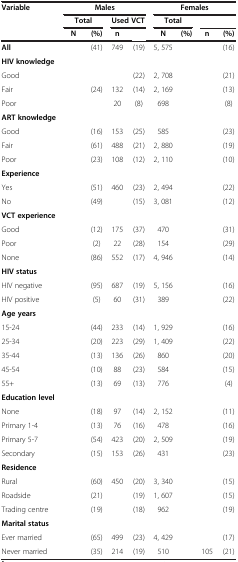
<table><thead><tr><td><b>Variable</b></td><td colspan="4"><b>Males</b></td><td colspan="4"><b>Females</b></td></tr><tr><td>[EMPTY_CELL]</td><td colspan="2"><b>Total</b></td><td colspan="2"><b>Used VCT</b></td><td colspan="2"><b>Total</b></td><td colspan="2">[EMPTY_CELL]</td></tr><tr><td>[EMPTY_CELL]</td><td><b>N</b></td><td><b>(%)</b></td><td><b>n</b></td><td>[EMPTY_CELL]</td><td><b>N</b></td><td><b>(%)</b></td><td><b>n</b></td><td><b>(%)</b></td></tr></thead><tbody><tr><td><b>All</b></td><td>[EMPTY_CELL]</td><td>(41)</td><td>749</td><td>(19)</td><td>5, 575</td><td>[EMPTY_CELL]</td><td>[EMPTY_CELL]</td><td>(16)</td></tr><tr><td><b>HIV knowledge</b></td><td>[EMPTY_CELL]</td><td>[EMPTY_CELL]</td><td>[EMPTY_CELL]</td><td>[EMPTY_CELL]</td><td>[EMPTY_CELL]</td><td>[EMPTY_CELL]</td><td>[EMPTY_CELL]</td><td>[EMPTY_CELL]</td></tr><tr><td>Good</td><td>[EMPTY_CELL]</td><td>[EMPTY_CELL]</td><td>[EMPTY_CELL]</td><td>(22)</td><td>2, 708</td><td>[EMPTY_CELL]</td><td>[EMPTY_CELL]</td><td>(21)</td></tr><tr><td>Fair</td><td>[EMPTY_CELL]</td><td>(24)</td><td>132</td><td>(14)</td><td>2, 169</td><td>[EMPTY_CELL]</td><td>[EMPTY_CELL]</td><td>(13)</td></tr><tr><td>Poor</td><td>[EMPTY_CELL]</td><td>[EMPTY_CELL]</td><td>20</td><td>(8)</td><td>698</td><td>[EMPTY_CELL]</td><td>[EMPTY_CELL]</td><td>(8)</td></tr><tr><td><b>ART knowledge</b></td><td>[EMPTY_CELL]</td><td>[EMPTY_CELL]</td><td>[EMPTY_CELL]</td><td>[EMPTY_CELL]</td><td>[EMPTY_CELL]</td><td>[EMPTY_CELL]</td><td>[EMPTY_CELL]</td><td>[EMPTY_CELL]</td></tr><tr><td>Good</td><td>[EMPTY_CELL]</td><td>(16)</td><td>153</td><td>(25)</td><td>585</td><td>[EMPTY_CELL]</td><td>[EMPTY_CELL]</td><td>(23)</td></tr><tr><td>Fair</td><td>[EMPTY_CELL]</td><td>(61)</td><td>488</td><td>(21)</td><td>2, 880</td><td>[EMPTY_CELL]</td><td>[EMPTY_CELL]</td><td>(19)</td></tr><tr><td>Poor</td><td>[EMPTY_CELL]</td><td>(23)</td><td>108</td><td>(12)</td><td>2, 110</td><td>[EMPTY_CELL]</td><td>[EMPTY_CELL]</td><td>(10)</td></tr><tr><td><b>Experience</b></td><td>[EMPTY_CELL]</td><td>[EMPTY_CELL]</td><td>[EMPTY_CELL]</td><td>[EMPTY_CELL]</td><td>[EMPTY_CELL]</td><td>[EMPTY_CELL]</td><td>[EMPTY_CELL]</td><td>[EMPTY_CELL]</td></tr><tr><td>Yes</td><td>[EMPTY_CELL]</td><td>(51)</td><td>460</td><td>(23)</td><td>2, 494</td><td>[EMPTY_CELL]</td><td>[EMPTY_CELL]</td><td>(22)</td></tr><tr><td>No</td><td>[EMPTY_CELL]</td><td>(49)</td><td>[EMPTY_CELL]</td><td>(15)</td><td>3, 081</td><td>[EMPTY_CELL]</td><td>[EMPTY_CELL]</td><td>(12)</td></tr><tr><td><b>VCT experience</b></td><td>[EMPTY_CELL]</td><td>[EMPTY_CELL]</td><td>[EMPTY_CELL]</td><td>[EMPTY_CELL]</td><td>[EMPTY_CELL]</td><td>[EMPTY_CELL]</td><td>[EMPTY_CELL]</td><td>[EMPTY_CELL]</td></tr><tr><td>Good</td><td>[EMPTY_CELL]</td><td>(12)</td><td>175</td><td>(37)</td><td>470</td><td>[EMPTY_CELL]</td><td>[EMPTY_CELL]</td><td>(31)</td></tr><tr><td>Poor</td><td>[EMPTY_CELL]</td><td>(2)</td><td>22</td><td>(28)</td><td>154</td><td>[EMPTY_CELL]</td><td>[EMPTY_CELL]</td><td>(29)</td></tr><tr><td>None</td><td>[EMPTY_CELL]</td><td>(86)</td><td>552</td><td>(17)</td><td>4, 946</td><td>[EMPTY_CELL]</td><td>[EMPTY_CELL]</td><td>(14)</td></tr><tr><td><b>HIV status</b></td><td>[EMPTY_CELL]</td><td>[EMPTY_CELL]</td><td>[EMPTY_CELL]</td><td>[EMPTY_CELL]</td><td>[EMPTY_CELL]</td><td>[EMPTY_CELL]</td><td>[EMPTY_CELL]</td><td>[EMPTY_CELL]</td></tr><tr><td>HIV negative</td><td>[EMPTY_CELL]</td><td>(95)</td><td>687</td><td>(19)</td><td>5, 156</td><td>[EMPTY_CELL]</td><td>[EMPTY_CELL]</td><td>(16)</td></tr><tr><td>HIV positive</td><td>[EMPTY_CELL]</td><td>(5)</td><td>60</td><td>(31)</td><td>389</td><td>[EMPTY_CELL]</td><td>[EMPTY_CELL]</td><td>(22)</td></tr><tr><td><b>Age years</b></td><td>[EMPTY_CELL]</td><td>[EMPTY_CELL]</td><td>[EMPTY_CELL]</td><td>[EMPTY_CELL]</td><td>[EMPTY_CELL]</td><td>[EMPTY_CELL]</td><td>[EMPTY_CELL]</td><td>[EMPTY_CELL]</td></tr><tr><td>15-24</td><td>[EMPTY_CELL]</td><td>(44)</td><td>233</td><td>(14)</td><td>1, 929</td><td>[EMPTY_CELL]</td><td>[EMPTY_CELL]</td><td>(16)</td></tr><tr><td>25-34</td><td>[EMPTY_CELL]</td><td>(20)</td><td>223</td><td>(29)</td><td>1, 409</td><td>[EMPTY_CELL]</td><td>[EMPTY_CELL]</td><td>(22)</td></tr><tr><td>35-44</td><td>[EMPTY_CELL]</td><td>(13)</td><td>136</td><td>(26)</td><td>860</td><td>[EMPTY_CELL]</td><td>[EMPTY_CELL]</td><td>(20)</td></tr><tr><td>45-54</td><td>[EMPTY_CELL]</td><td>(10)</td><td>88</td><td>(23)</td><td>584</td><td>[EMPTY_CELL]</td><td>[EMPTY_CELL]</td><td>(15)</td></tr><tr><td>55+</td><td>[EMPTY_CELL]</td><td>(13)</td><td>69</td><td>(13)</td><td>776</td><td>[EMPTY_CELL]</td><td>[EMPTY_CELL]</td><td>(4)</td></tr><tr><td><b>Education level</b></td><td>[EMPTY_CELL]</td><td>[EMPTY_CELL]</td><td>[EMPTY_CELL]</td><td>[EMPTY_CELL]</td><td>[EMPTY_CELL]</td><td>[EMPTY_CELL]</td><td>[EMPTY_CELL]</td><td>[EMPTY_CELL]</td></tr><tr><td>None</td><td>[EMPTY_CELL]</td><td>(18)</td><td>97</td><td>(14)</td><td>2, 152</td><td>[EMPTY_CELL]</td><td>[EMPTY_CELL]</td><td>(11)</td></tr><tr><td>Primary 1-4</td><td>[EMPTY_CELL]</td><td>(13)</td><td>76</td><td>(16)</td><td>478</td><td>[EMPTY_CELL]</td><td>[EMPTY_CELL]</td><td>(16)</td></tr><tr><td>Primary 5-7</td><td>[EMPTY_CELL]</td><td>(54)</td><td>423</td><td>(20)</td><td>2, 509</td><td>[EMPTY_CELL]</td><td>[EMPTY_CELL]</td><td>(19)</td></tr><tr><td>Secondary</td><td>[EMPTY_CELL]</td><td>(15)</td><td>153</td><td>(26)</td><td>431</td><td>[EMPTY_CELL]</td><td>[EMPTY_CELL]</td><td>(23)</td></tr><tr><td><b>Residence</b></td><td>[EMPTY_CELL]</td><td>[EMPTY_CELL]</td><td>[EMPTY_CELL]</td><td>[EMPTY_CELL]</td><td>[EMPTY_CELL]</td><td>[EMPTY_CELL]</td><td>[EMPTY_CELL]</td><td>[EMPTY_CELL]</td></tr><tr><td>Rural</td><td>[EMPTY_CELL]</td><td>(60)</td><td>450</td><td>(20)</td><td>3, 340</td><td>[EMPTY_CELL]</td><td>[EMPTY_CELL]</td><td>(15)</td></tr><tr><td>Roadside</td><td>[EMPTY_CELL]</td><td>(21)</td><td>[EMPTY_CELL]</td><td>(19)</td><td>1, 607</td><td>[EMPTY_CELL]</td><td>[EMPTY_CELL]</td><td>(15)</td></tr><tr><td>Trading centre</td><td>[EMPTY_CELL]</td><td>(19)</td><td>[EMPTY_CELL]</td><td>(18)</td><td>962</td><td>[EMPTY_CELL]</td><td>[EMPTY_CELL]</td><td>(19)</td></tr><tr><td><b>Marital status</b></td><td>[EMPTY_CELL]</td><td>[EMPTY_CELL]</td><td>[EMPTY_CELL]</td><td>[EMPTY_CELL]</td><td>[EMPTY_CELL]</td><td>[EMPTY_CELL]</td><td>[EMPTY_CELL]</td><td>[EMPTY_CELL]</td></tr><tr><td>Ever married</td><td>[EMPTY_CELL]</td><td>(65)</td><td>499</td><td>(23)</td><td>4, 429</td><td>[EMPTY_CELL]</td><td>[EMPTY_CELL]</td><td>(17)</td></tr><tr><td>Never married</td><td>[EMPTY_CELL]</td><td>(35)</td><td>214</td><td>(19)</td><td>510</td><td>[EMPTY_CELL]</td><td>105</td><td>(21)</td></tr></tbody></table>